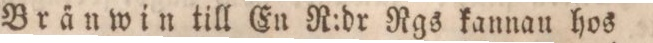
Bränwin till En R:dr Rgs kannau hos